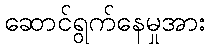
ဆောင်ရွက်နေမှုအား